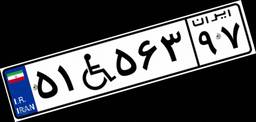
۵۱W۵۶۳۹۷